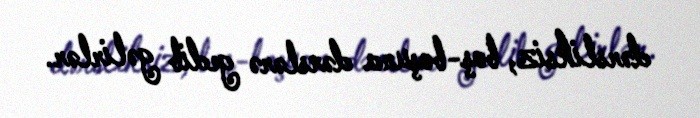
dərsliksiz, boş-boşuna dərslərə gedib gəlirlər.